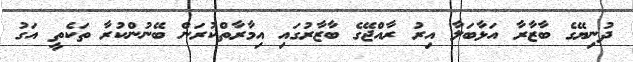
ދުނިޔޭގެ ބާޒާރާ އަޅާބަލާ އިރު ރާއްޖޭގެ ބާޒާރުގައި އިމާރާތްކުރަން ބޭނުންކުރާ ތަކެތީ އަގު